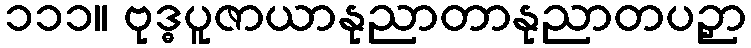
၁၁၁။ ဗုဒ္ဓပူဇာယာနုညာတာနုညာတပဉှာ